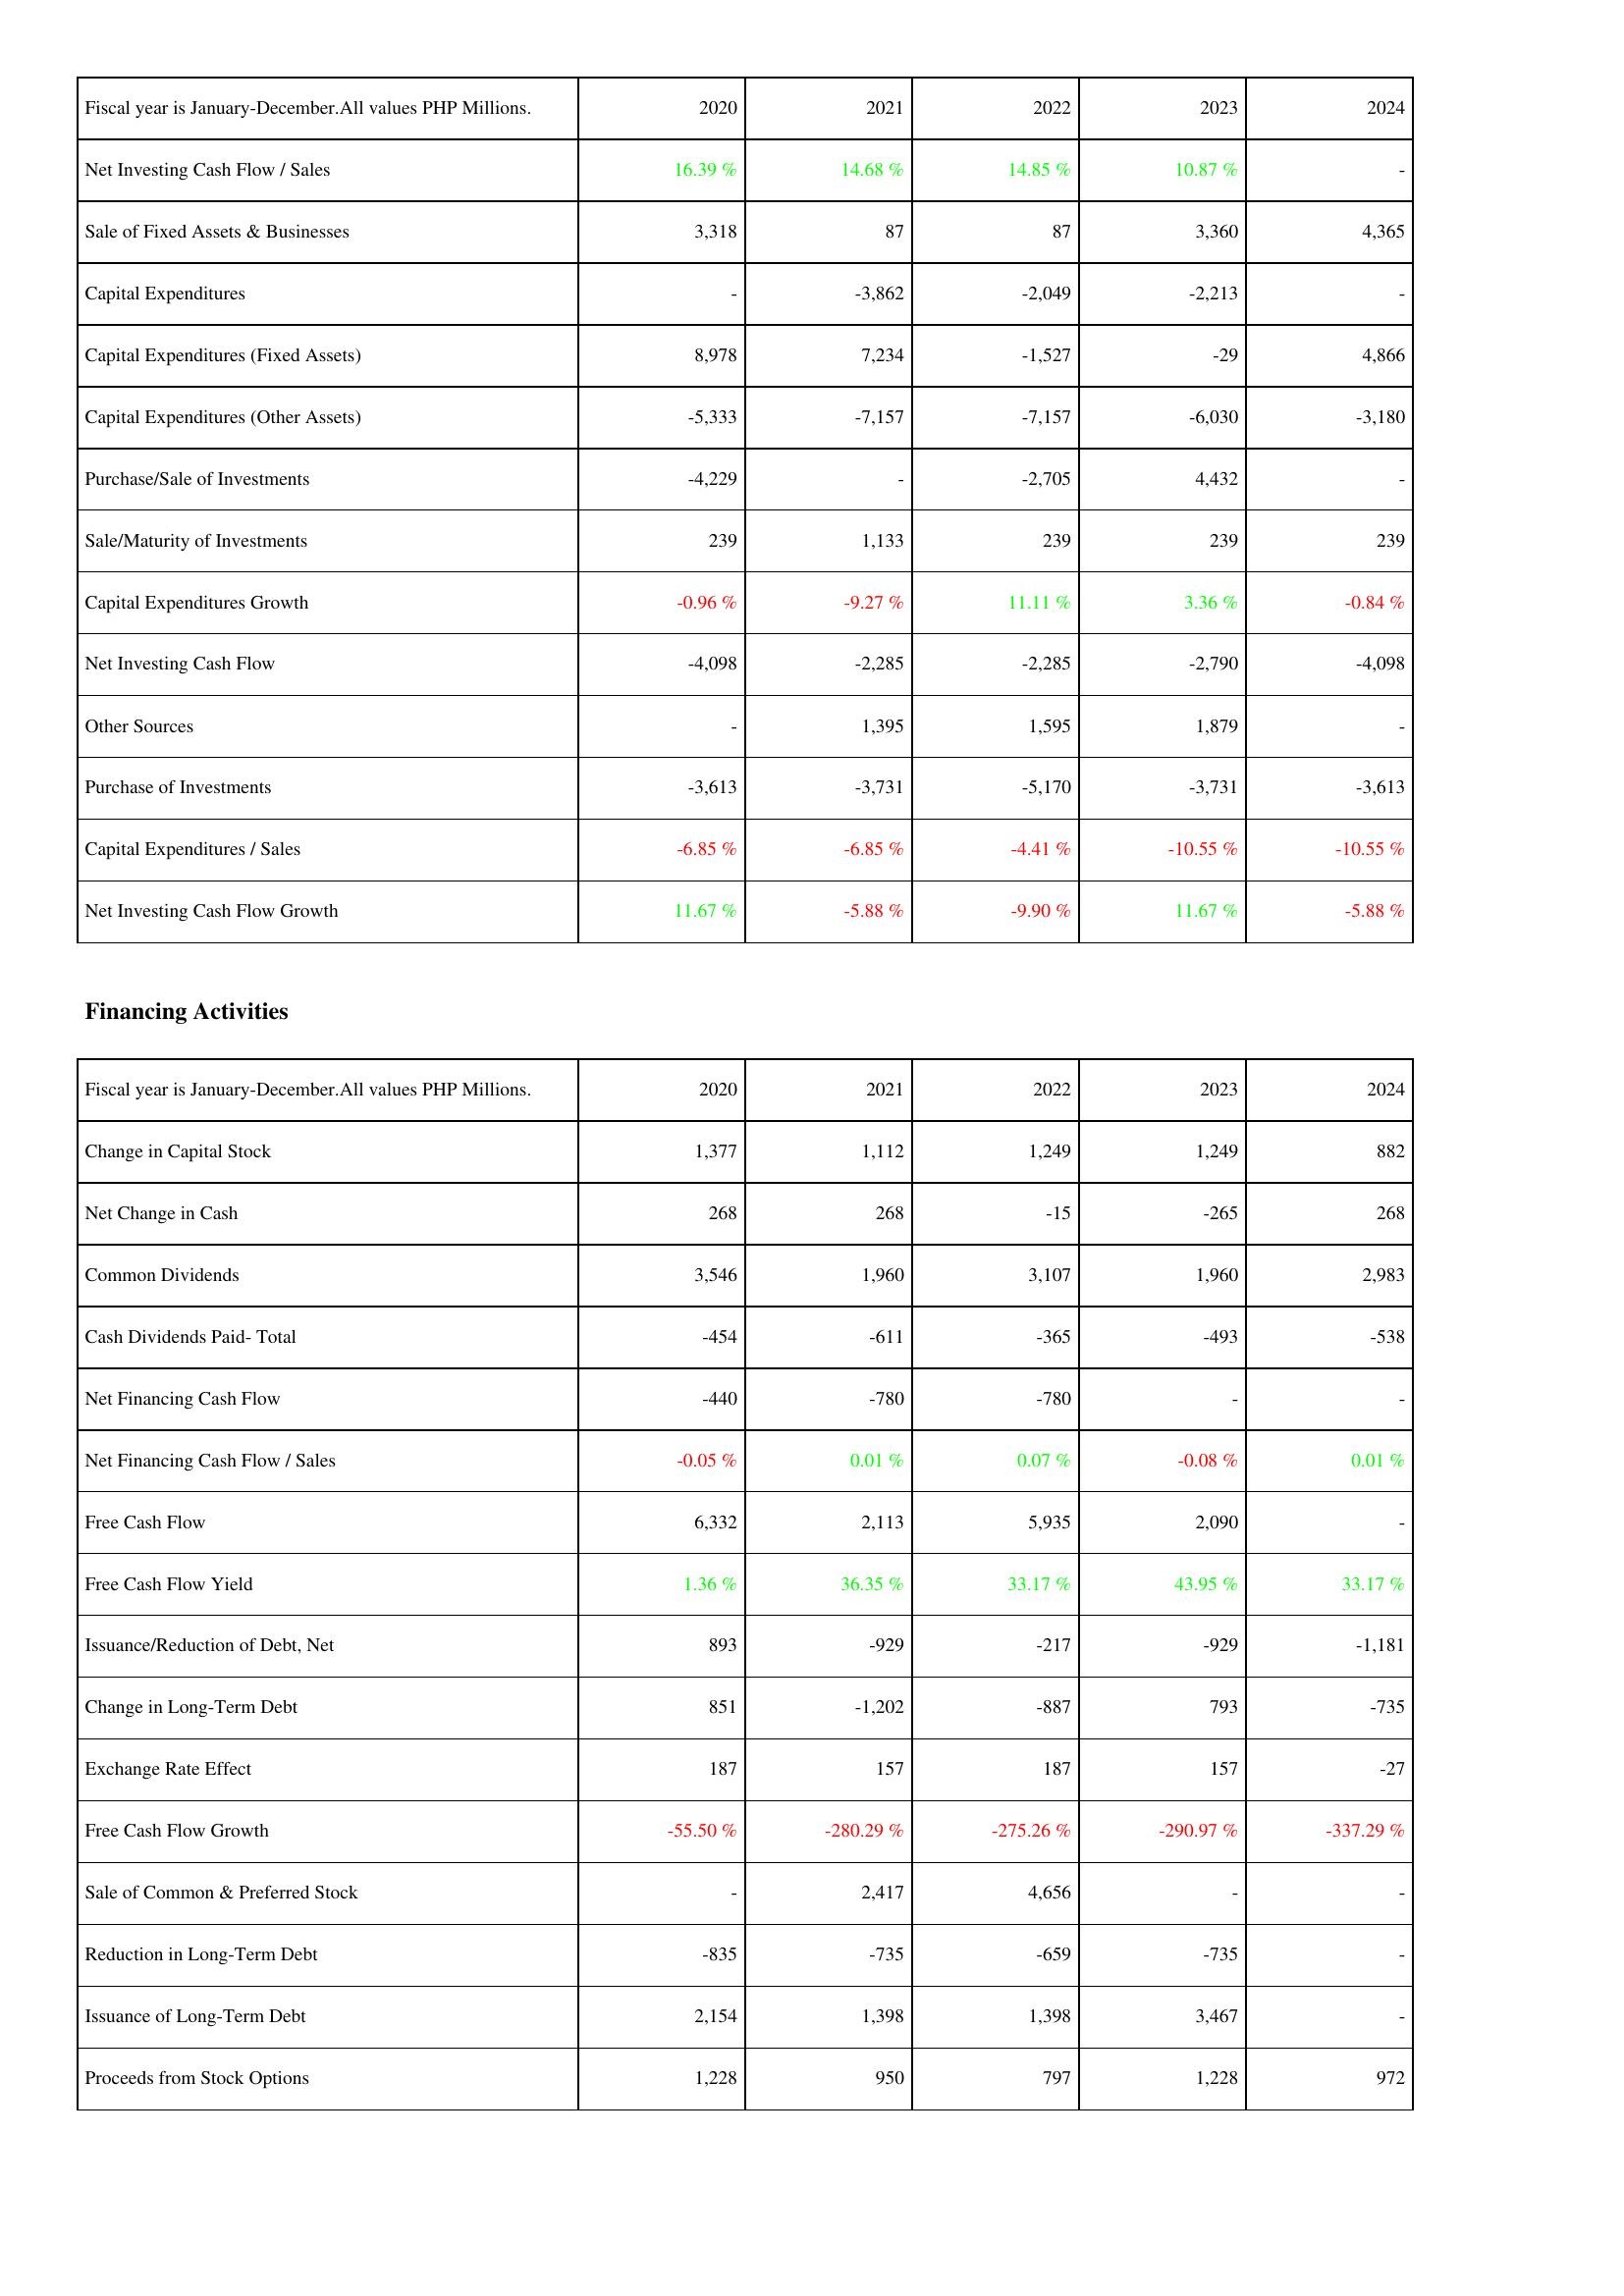
2020: Investing Activities: Net Investing Cash Flow / Sales: 16.39 %
Sale of Fixed Assets & Businesses: 3,318
Capital Expenditures: -
Capital Expenditures (Fixed Assets): 8,978
Capital Expenditures (Other Assets): -5,333
Purchase/Sale of Investments: -4,229
Sale/Maturity of Investments: 239
Capital Expenditures Growth: -0.96 %
Net Investing Cash Flow: -4,098
Other Sources: -
Purchase of Investments: -3,613
Capital Expenditures / Sales: -6.85 %
Net Investing Cash Flow Growth: 11.67 %
Financing Activities: Change in Capital Stock: 1,377
Net Change in Cash: 268
Common Dividends: 3,546
Cash Dividends Paid- Total: -454
Net Financing Cash Flow: -440
Net Financing Cash Flow / Sales: -0.05 %
Free Cash Flow: 6,332
Free Cash Flow Yield: 1.36 %
Issuance/Reduction of Debt, Net: 893
Change in Long-Term Debt: 851
Exchange Rate Effect: 187
Free Cash Flow Growth: -55.50 %
Sale of Common & Preferred Stock: -
Reduction in Long-Term Debt: -835
Issuance of Long-Term Debt: 2,154
Proceeds from Stock Options: 1,228
2021: Investing Activities: Net Investing Cash Flow / Sales: 14.68 %
Sale of Fixed Assets & Businesses: 87
Capital Expenditures: -3,862
Capital Expenditures (Fixed Assets): 7,234
Capital Expenditures (Other Assets): -7,157
Purchase/Sale of Investments: -
Sale/Maturity of Investments: 1,133
Capital Expenditures Growth: -9.27 %
Net Investing Cash Flow: -2,285
Other Sources: 1,395
Purchase of Investments: -3,731
Capital Expenditures / Sales: -6.85 %
Net Investing Cash Flow Growth: -5.88 %
Financing Activities: Change in Capital Stock: 1,112
Net Change in Cash: 268
Common Dividends: 1,960
Cash Dividends Paid- Total: -611
Net Financing Cash Flow: -780
Net Financing Cash Flow / Sales: 0.01 %
Free Cash Flow: 2,113
Free Cash Flow Yield: 36.35 %
Issuance/Reduction of Debt, Net: -929
Change in Long-Term Debt: -1,202
Exchange Rate Effect: 157
Free Cash Flow Growth: -280.29 %
Sale of Common & Preferred Stock: 2,417
Reduction in Long-Term Debt: -735
Issuance of Long-Term Debt: 1,398
Proceeds from Stock Options: 950
2022: Investing Activities: Net Investing Cash Flow / Sales: 14.85 %
Sale of Fixed Assets & Businesses: 87
Capital Expenditures: -2,049
Capital Expenditures (Fixed Assets): -1,527
Capital Expenditures (Other Assets): -7,157
Purchase/Sale of Investments: -2,705
Sale/Maturity of Investments: 239
Capital Expenditures Growth: 11.11 %
Net Investing Cash Flow: -2,285
Other Sources: 1,595
Purchase of Investments: -5,170
Capital Expenditures / Sales: -4.41 %
Net Investing Cash Flow Growth: -9.90 %
Financing Activities: Change in Capital Stock: 1,249
Net Change in Cash: -15
Common Dividends: 3,107
Cash Dividends Paid- Total: -365
Net Financing Cash Flow: -780
Net Financing Cash Flow / Sales: 0.07 %
Free Cash Flow: 5,935
Free Cash Flow Yield: 33.17 %
Issuance/Reduction of Debt, Net: -217
Change in Long-Term Debt: -887
Exchange Rate Effect: 187
Free Cash Flow Growth: -275.26 %
Sale of Common & Preferred Stock: 4,656
Reduction in Long-Term Debt: -659
Issuance of Long-Term Debt: 1,398
Proceeds from Stock Options: 797
2023: Investing Activities: Net Investing Cash Flow / Sales: 10.87 %
Sale of Fixed Assets & Businesses: 3,360
Capital Expenditures: -2,213
Capital Expenditures (Fixed Assets): -29
Capital Expenditures (Other Assets): -6,030
Purchase/Sale of Investments: 4,432
Sale/Maturity of Investments: 239
Capital Expenditures Growth: 3.36 %
Net Investing Cash Flow: -2,790
Other Sources: 1,879
Purchase of Investments: -3,731
Capital Expenditures / Sales: -10.55 %
Net Investing Cash Flow Growth: 11.67 %
Financing Activities: Change in Capital Stock: 1,249
Net Change in Cash: -265
Common Dividends: 1,960
Cash Dividends Paid- Total: -493
Net Financing Cash Flow: -
Net Financing Cash Flow / Sales: -0.08 %
Free Cash Flow: 2,090
Free Cash Flow Yield: 43.95 %
Issuance/Reduction of Debt, Net: -929
Change in Long-Term Debt: 793
Exchange Rate Effect: 157
Free Cash Flow Growth: -290.97 %
Sale of Common & Preferred Stock: -
Reduction in Long-Term Debt: -735
Issuance of Long-Term Debt: 3,467
Proceeds from Stock Options: 1,228
2024: Investing Activities: Net Investing Cash Flow / Sales: -
Sale of Fixed Assets & Businesses: 4,365
Capital Expenditures: -
Capital Expenditures (Fixed Assets): 4,866
Capital Expenditures (Other Assets): -3,180
Purchase/Sale of Investments: -
Sale/Maturity of Investments: 239
Capital Expenditures Growth: -0.84 %
Net Investing Cash Flow: -4,098
Other Sources: -
Purchase of Investments: -3,613
Capital Expenditures / Sales: -10.55 %
Net Investing Cash Flow Growth: -5.88 %
Financing Activities: Change in Capital Stock: 882
Net Change in Cash: 268
Common Dividends: 2,983
Cash Dividends Paid- Total: -538
Net Financing Cash Flow: -
Net Financing Cash Flow / Sales: 0.01 %
Free Cash Flow: -
Free Cash Flow Yield: 33.17 %
Issuance/Reduction of Debt, Net: -1,181
Change in Long-Term Debt: -735
Exchange Rate Effect: -27
Free Cash Flow Growth: -337.29 %
Sale of Common & Preferred Stock: -
Reduction in Long-Term Debt: -
Issuance of Long-Term Debt: -
Proceeds from Stock Options: 972